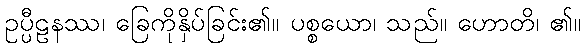
ဥပ္ပီဠနဿ၊ ခြေကိုနှိပ်ခြင်း၏။ ပစ္စယော၊ သည်။ ဟောတိ၊ ၏။